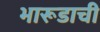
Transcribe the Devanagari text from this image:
भारूडाची